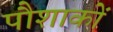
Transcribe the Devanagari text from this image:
पौशाकों